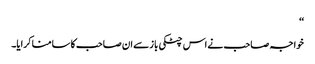
‘‘
خواجہ صاحب نے اس چٹکی باز سے ان صاحب کا سامنا کرایا۔